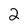
Character: 2